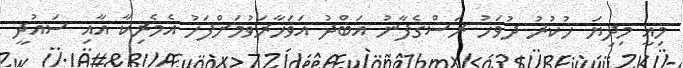
މިއީ މިދިޔަ ހުކުރު ދުވަހު ރަސްގެފާނު އަބްދު އަވަހާރަވުމަށްފަހު އެމެރިކާ އާއި ސައުދީ